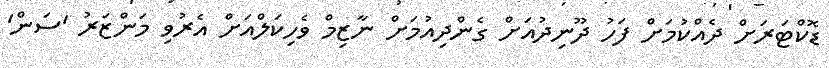
ޑޮކްޓަރަށް ދެއްކުމަށް ފަހު ދޫނިދުއަށް ގެންދިއުމަށް ނާޒިމް ވެހިކަލްއަށް އެރުވި މަންޒަރު 'ސަން'